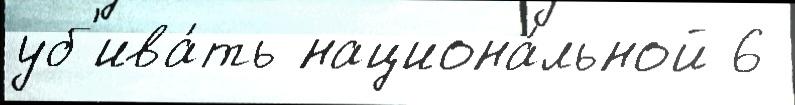
уб'ива́ть национа́льной 6